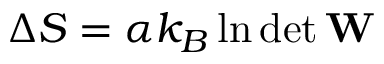
\Delta S = \alpha k _ { B } \ln \operatorname* { d e t } \mathbf { W }